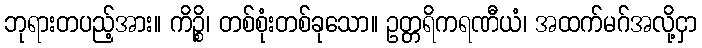
ဘုရားတပည့်အား။ ကိဉ္စိ၊ တစ်စုံးတစ်ခုသော။ ဥတ္တရိကရဏီယံ၊ အထက်မဂ်အလို့ငှာ